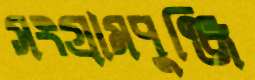
সংগ্রামপুঞ্জি